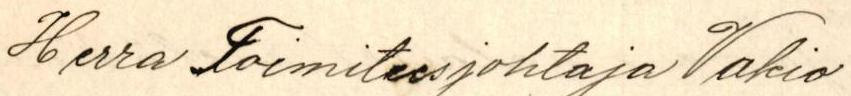
Herra Toimitusjohtaja Vakio